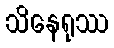
သိနေရုဿ